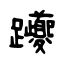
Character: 躨